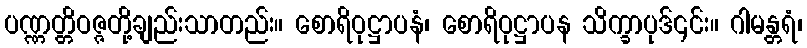
ပဏ္ဏတ္တိဝဇ္ဇတို့ချည်းသာတည်း။ စောရိဝုဋ္ဌာပနံ၊ စောရိဝုဋ္ဌာပန သိက္ခာပုဒ်၎င်း။ ဂါမန္တရံ၊